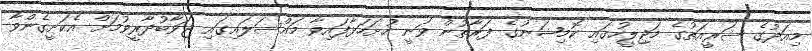
މިއަދުގެ ޝަރީއަތުގެ މަޖިލީހުގައި ކޮމިޝަނުގެ ފަރާތުން ވަނީ ހުށަހަޅާފައިވާ މައްސަލައިގައި ޖަވާބުދާރީވުމަށް އެކަށީގެންވާ